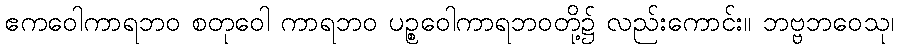
ဧကဝေါကာရဘဝ စတုဝေါ ကာရဘဝ ပဉ္စဝေါကာရဘဝတို့၌ လည်းကောင်း။ ဘဗ္ဗဘဝေသု၊